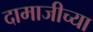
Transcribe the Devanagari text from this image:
दामाजीच्या